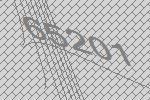
65201